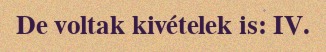
De voltak kivételek is: IV.